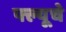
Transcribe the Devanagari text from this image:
फ्ल्यूचे